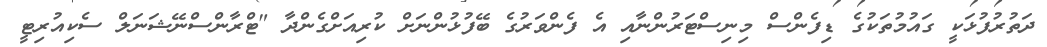
ދަތުރުފުޅަކީ ގައުމުތަކުގެ ޑިފެންސް މިނިސްޓަރުންނާއި އެ ފެންވަރުގެ ބޭފުޅުންނަށް ކުރިއަށްގެންދާ "ޓްރާންސްނޭޝަނަލް ސެކިއުރިޓީ